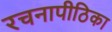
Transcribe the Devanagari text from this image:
रचनापीठिका